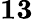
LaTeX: \boldsymbol{13}